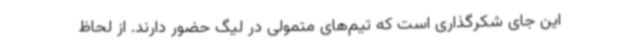
این جای شکرگذاری است که تیم‌های متمولی در لیگ حضور دارند. از لحاظ